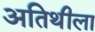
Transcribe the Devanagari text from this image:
अतिथीला